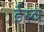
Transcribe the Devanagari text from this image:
ईस्व